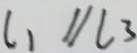
l _ { 1 } / / l _ { 3 }